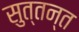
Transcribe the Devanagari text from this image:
सुत्तन्त